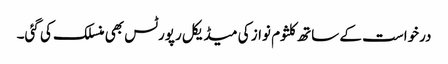
درخواست کے ساتھ کلثوم نواز کی میڈیکل رپورٹس بھی منسلک کی گئی۔